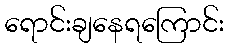
ရောင်းချနေရကြောင်း